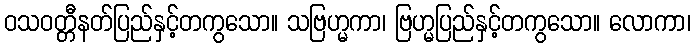
ဝသဝတ္တီနတ်ပြည်နှင့်တကွသော။ သဗြဟ္မကာ၊ ဗြဟ္မပြည်နှင့်တကွသော။ လောကာ၊